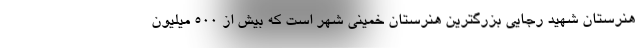
هنرستان شهید رجایی بزرگترین هنرستان خمینی شهر است که بیش از ۵۰۰ میلیون